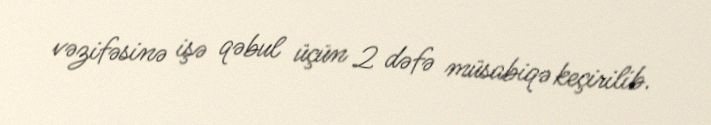
vəzifəsinə işə qəbul üçün 2 dəfə müsabiqə keçirilib.